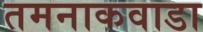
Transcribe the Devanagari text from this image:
तमनाकवाडा